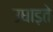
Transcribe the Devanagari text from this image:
उघाड़ते